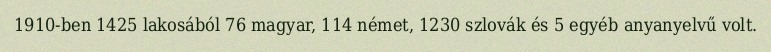
1910-ben 1425 lakosából 76 magyar, 114 német, 1230 szlovák és 5 egyéb anyanyelvű volt.